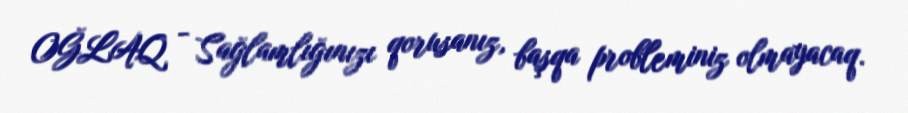
OĞLAQ - Sağlamlığınızı qorusanız, başqa probleminiz olmayacaq.